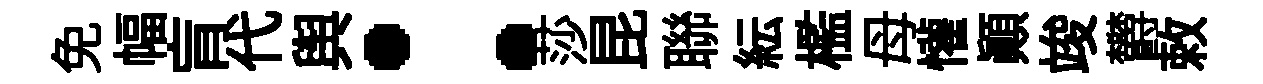
免幅肓代舆：莎昆聯紜檻母懽顚竣欝敕